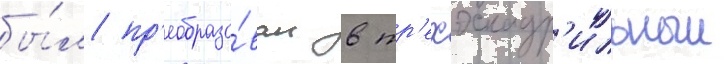
бы́л пр'еобразо́ван в тр'ехэскадр'ильныи